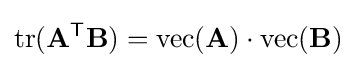
\operatorname {tr} (\mathbf {A} ^{\mathsf {T}}\mathbf {B} )=\operatorname {vec} (\mathbf {A} )\cdot \operatorname {vec} (\mathbf {B} )